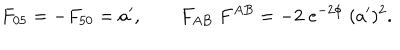
F _ { 0 5 } = - F _ { 5 0 } = a ^ { \prime } , \qquad F _ { A B } \; F ^ { A B } = - 2 \; e ^ { - 2 \phi } \; ( a ^ { \prime } ) ^ { 2 } .